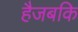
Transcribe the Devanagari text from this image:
हैजबकि